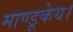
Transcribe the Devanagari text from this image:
माण्डूकेय।